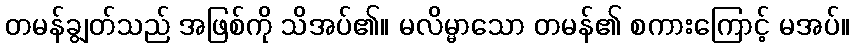
တမန်ချွတ်သည် အဖြစ်ကို သိအပ်၏။ မလိမ္မာသော တမန်၏ စကားကြောင့် မအပ်။